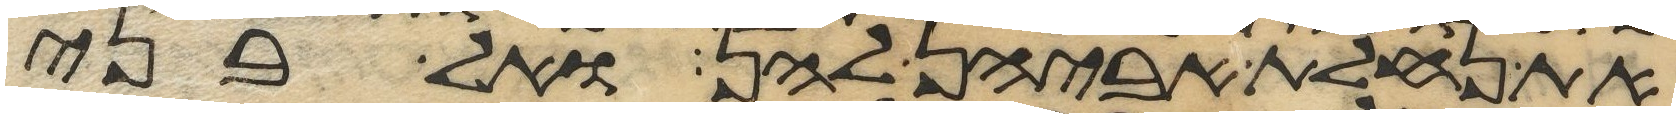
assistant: את נחלת אביהן להן ואל בני